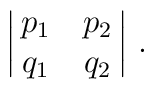
\left| \matrix{p_1 & p_2 \cr q_1 & q_2 } \right| \, .